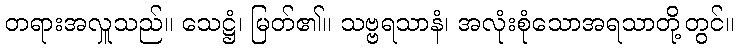
တရားအလှူသည်။ သေဋ္ဌံ၊ မြတ်၏။ သဗ္ဗရသာနံ၊ အလုံးစုံသောအရသာတို့တွင်။